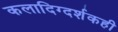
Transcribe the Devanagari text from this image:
कलादिग्दर्शकही